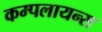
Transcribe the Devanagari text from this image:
कम्पलायन्स